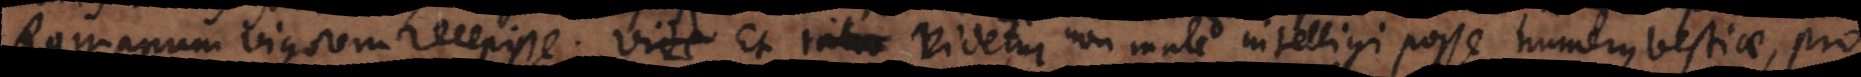
Romanum vigorem recepisse. Vide Et ratio videtur non male intelligi posse numerus bestiae, pro